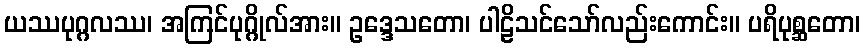
ယဿပုဂ္ဂလဿ၊ အကြင်ပုဂ္ဂိုလ်အား။ ဥဒ္ဒေသတော၊ ပါဠိသင်သော်လည်းကောင်း။ ပရိပုစ္ဆတော၊